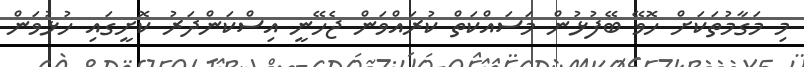
މި މަގާމުތަކަށް ހޮވޭ ބޭފުޅުން މަސައްކަތް ކުރައްވަން ޖެހޭނީ އިސްކަންދަރު ކޮށީގައި ހުޅުވަން